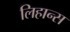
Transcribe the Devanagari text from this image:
लिहान्स